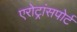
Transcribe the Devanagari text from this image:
एरोट्रांसपोर्ट